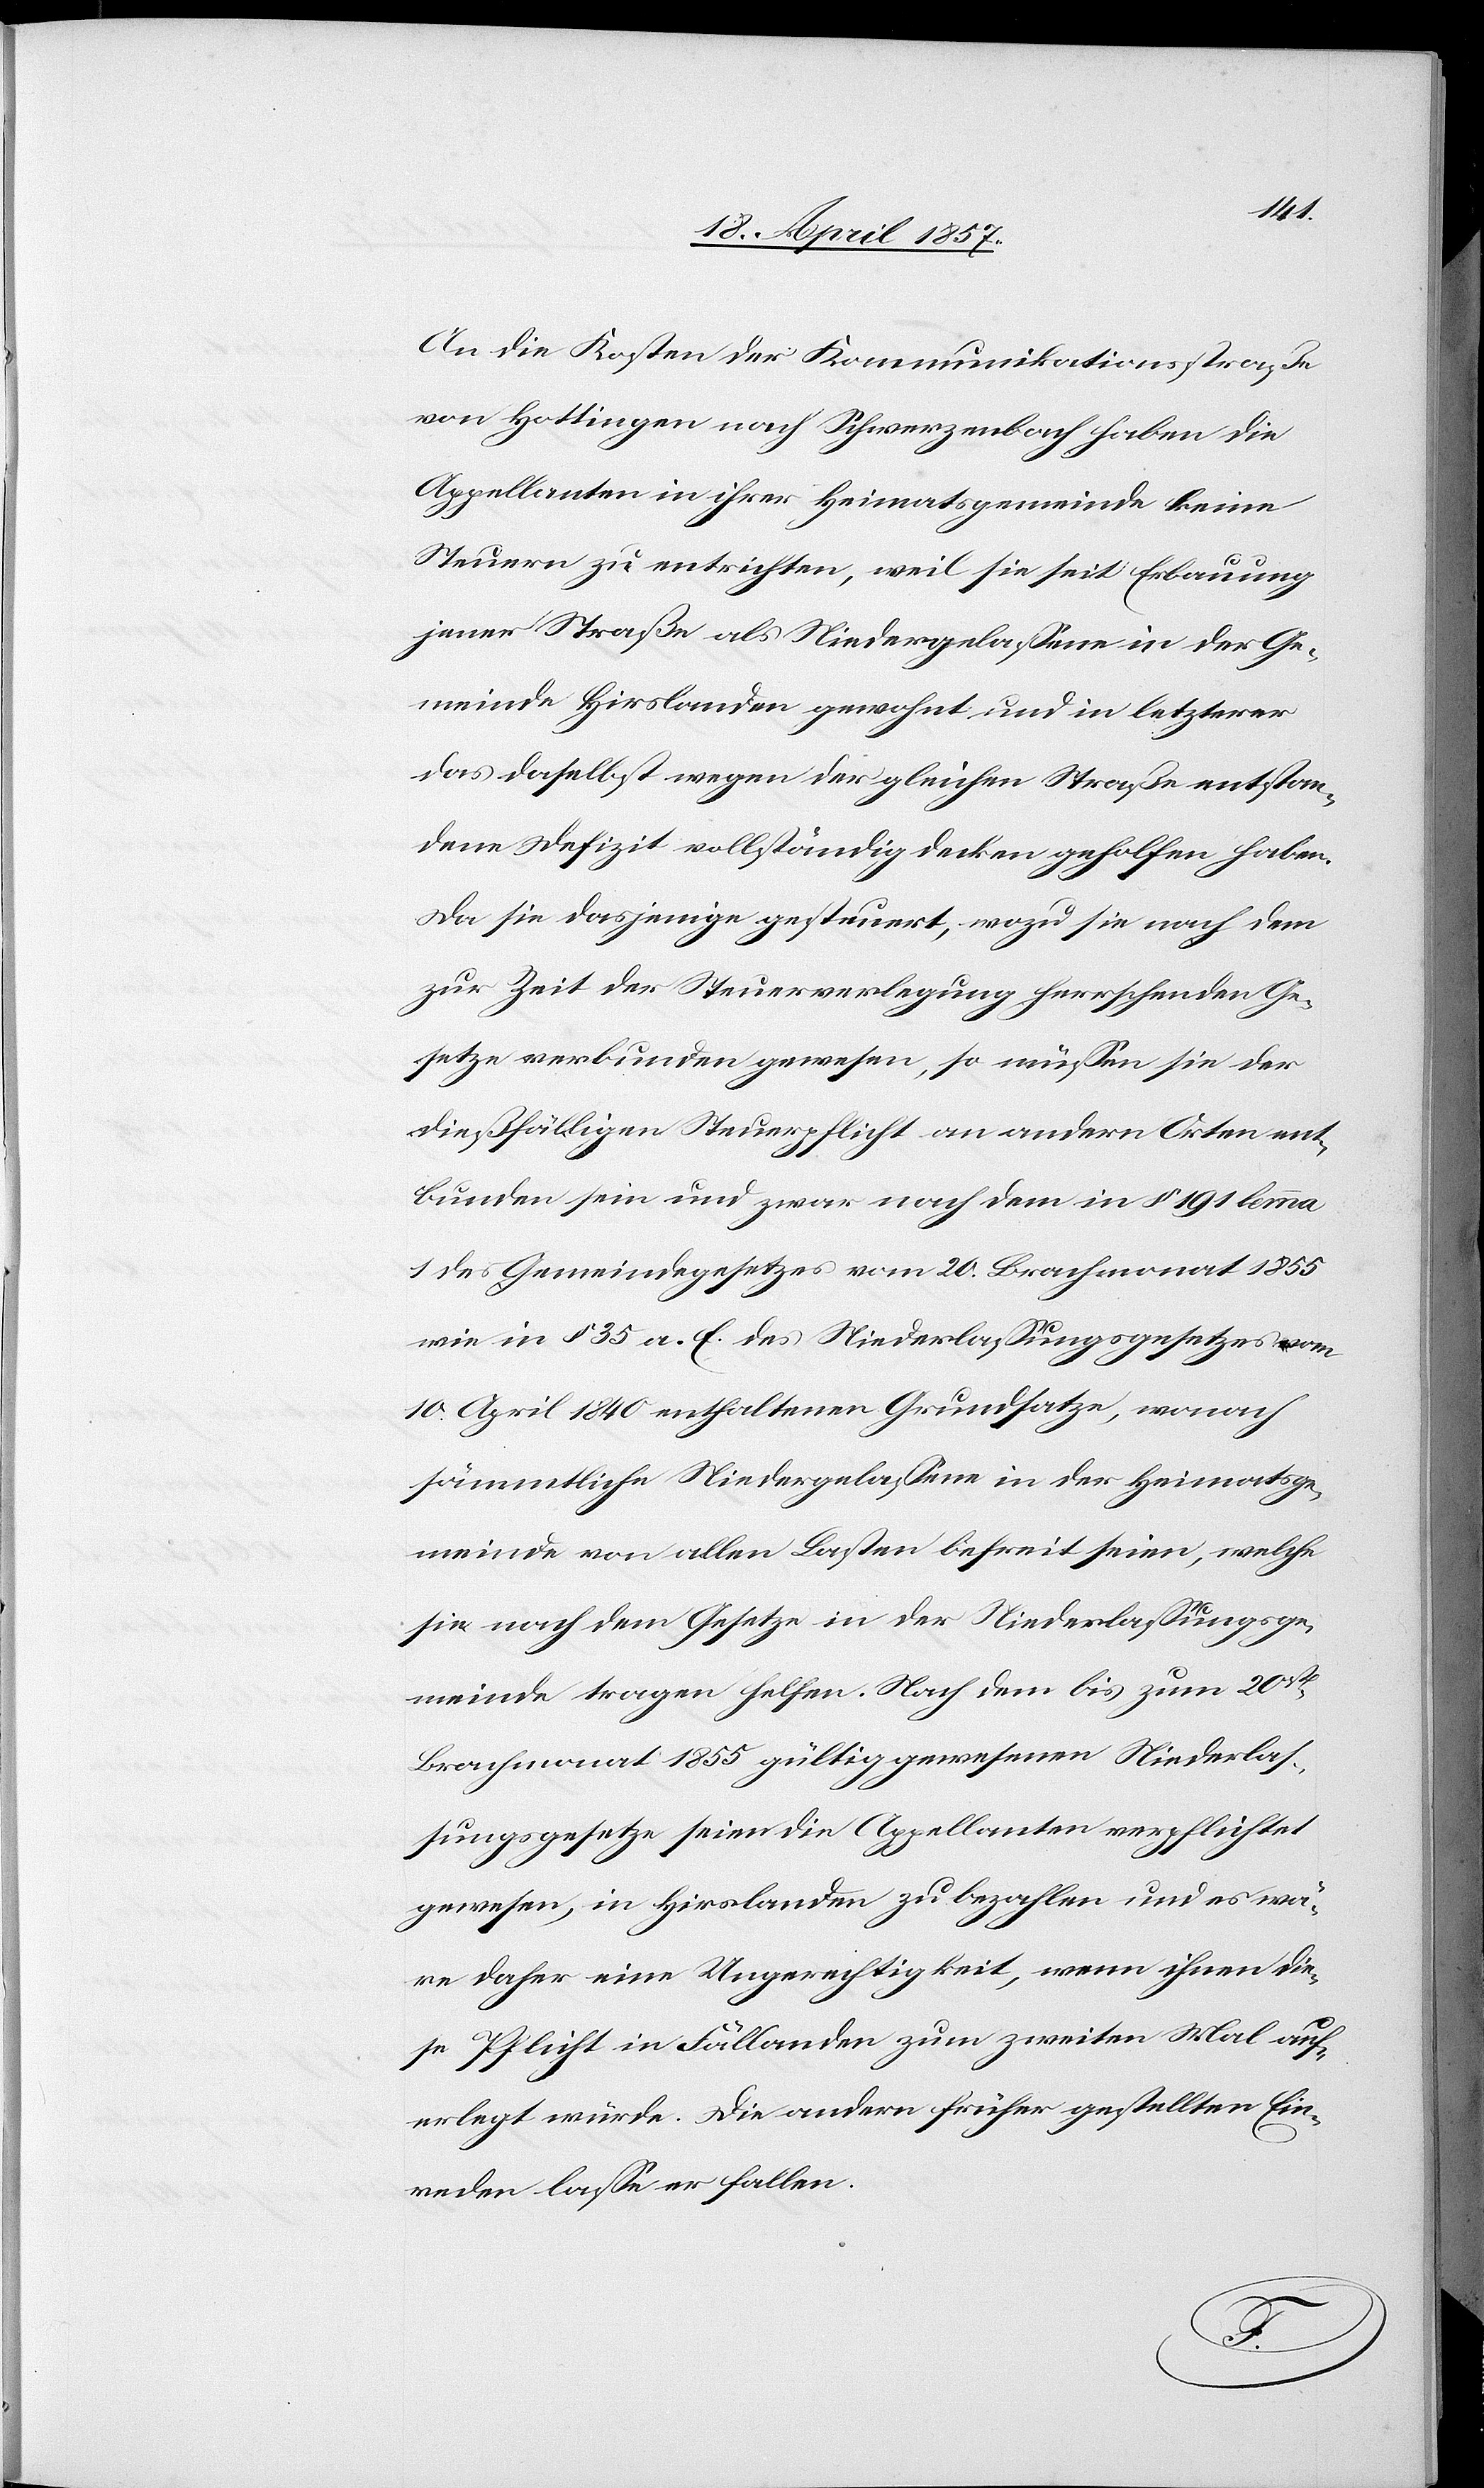
An die Kosten der Kommunikationsstraße
von Hottingen nach Schwerzenbach haben die
Appellanten in ihrer Heimatsgemeinde keine
Steuern zu entrichten, weil sie seit Erbauung
jener Straße als Niedergelassene in der Ge¬
meinde Hirslanden gewohnt und in letzterer
das daselbst wegen der gleichen Straße entstan¬
dene Defizit vollständig decken geholfen haben.
Da sie dasjenige gesteuert, wozu sie nach dem
zur Zeit der Steuerverlegung herrschenden Ge¬
setze verbunden gewesen, so müssen sie der
dießfälligen Steuerpflicht an andern Orten ent¬
bunden sein und zwar nach dem in § 191 lemma
1 des Gemeindegesetzes vom 20. Brachmonat 1855
wie in § 35 a. E. des Niederlassungsgesetzes vom
10. April 1840 enthaltenen Grundsatze, wonach
sämmtliche Niedergelassene in der Heimatsge¬
meinde von allen Lasten befreit seien, welche
sie nach dem Gesetze in der Niederlassungsge¬
meinde tragen helfen. Nach dem bis zum 20st
Brachmonat 1855 gültig gewesenen Niederlas¬
sungsgesetze seien die Appellanten verpflichtet
gewesen, in Hirslanden zu bezahlen und es wä¬
re daher eine Ungerechtigkeit, wenn ihnen die¬
se Pflicht in Fällanden zum zweiten Mal auf¬
erlegt würde. Die andern früher gestellten Ein¬
reden lasse er fallen.